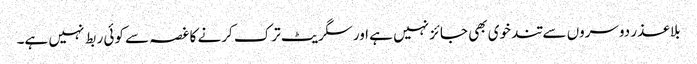
بلا عذر دوسروں سے تند خوی بھی جائز نہیں ہے اور سگریٹ ترک کرنے کا غصہ سے کوئی ربط نہیں ہے۔